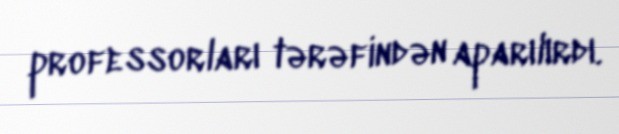
professorları tərəfindən aparılırdı.